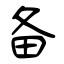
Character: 备